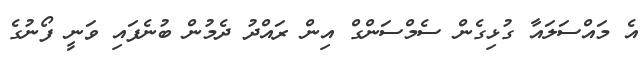
އެ މައްސަލައާ ގުޅިގެން ސެމްސަންގް އިން ރައްދު ދެމުން ބުނެފައި ވަނީ ފޯނުގެ